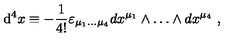
\mathrm { d } ^ { 4 } x \equiv - { \frac { 1 } { 4 ! } } \varepsilon _ { \mu _ { 1 } \dots \mu _ { 4 } } d x ^ { \mu _ { 1 } } \wedge \dots \wedge d x ^ { \mu _ { 4 } } \ ,